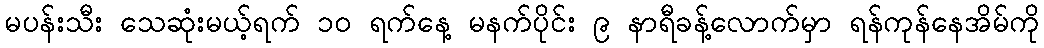
မပန်းသီး သေဆုံးမယ့်ရက် ၁၀ ရက်နေ့ မနက်ပိုင်း ၉ နာရီခန့်လောက်မှာ ရန်ကုန်နေအိမ်ကို